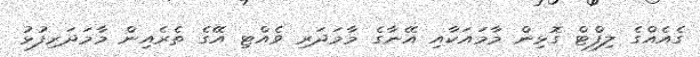
ގެއެއްގެ ލިފްޓް ގޮޅިން މާމައަކާއި އޭނާގެ މާމަދަރި ވެއްޓި އޭގެ ތެރެއިން މާމަދަރިފުޅު